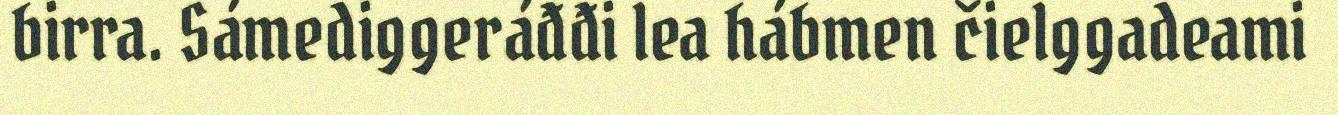
birra. Sámediggeráđđi lea hábmen čielggadeami